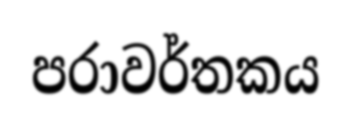
පරාවර්තකය